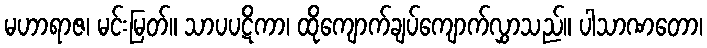
မဟာရာဇ၊ မင်းမြတ်။ သာပပဋိကာ၊ ထိုကျောက်ချပ်ကျောက်လွှာသည်။ ပါသာဏတော၊